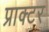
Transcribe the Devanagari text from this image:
प्राक्टर